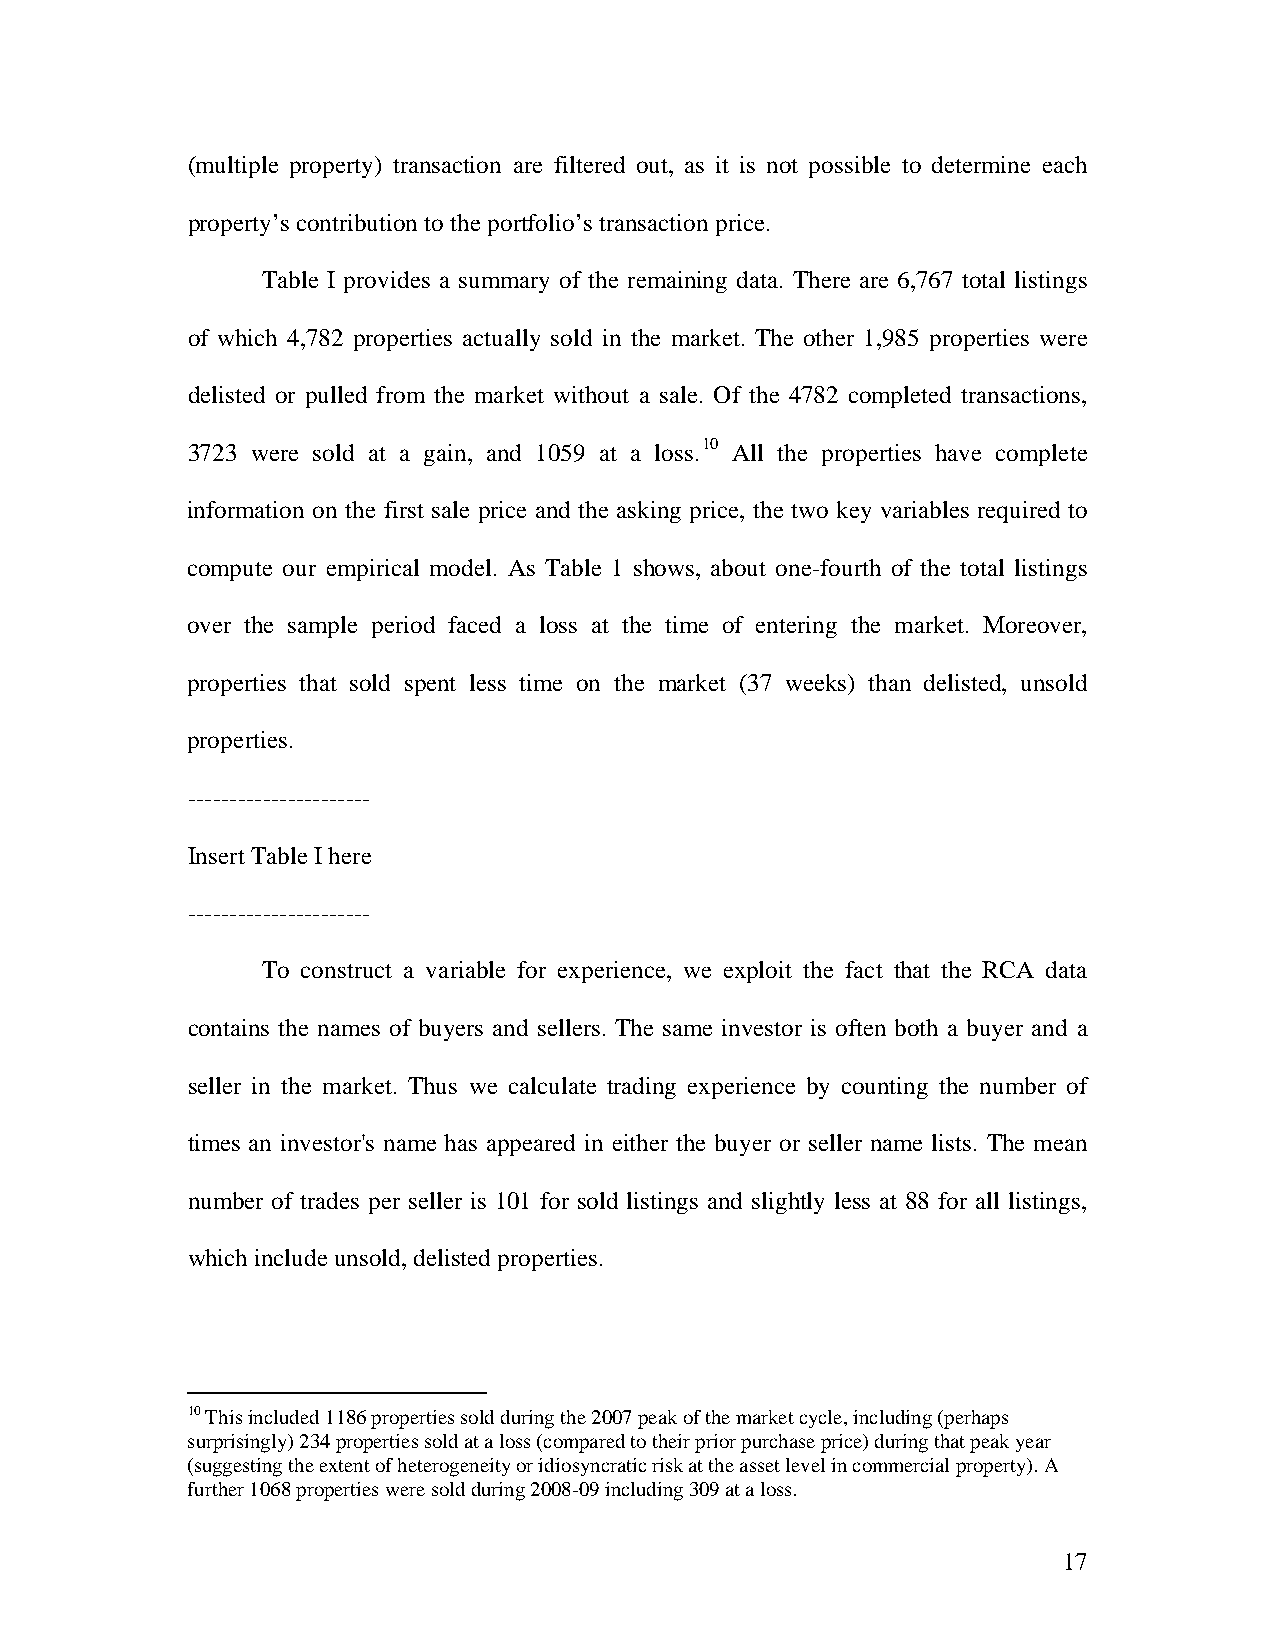
(multiple property) transaction are filtered out, as it is not possible to determine each
 property’s contribution to the portfolio’s transaction price.
 Table I provides a summary of the remaining data. There are 6,767 total listings
 of which 4,782 properties actually sold in the market. The other 1,985 properties were
 delisted or pulled from the market without a sale. Of the 4782 completed transactions,
 3723 were sold at a gain, and 1059 at a loss.10 All the properties have complete
 information on the first sale price and the asking price, the two key variables required to
 compute our empirical model. As Table 1 shows, about one-fourth of the total listings
 over the sample period faced a loss at the time of entering the market. Moreover,
 properties that sold spent less time on the market (37 weeks) than delisted, unsold
 properties.
 ----------------------
 Insert Table I here
 ----------------------
 To construct a variable for experience, we exploit the fact that the RCA data
 contains the names of buyers and sellers. The same investor is often both a buyer and a
 seller in the market. Thus we calculate trading experience by counting the number of
 times an investor's name has appeared in either the buyer or seller name lists. The mean
 number of trades per seller is 101 for sold listings and slightly less at 88 for all listings,
 which include unsold, delisted properties.
 10 This included 1186 properties sold during the 2007 peak of the market cycle, including (perhaps
 surprisingly) 234 properties sold at a loss (compared to their prior purchase price) during that peak year
 (suggesting the extent of heterogeneity or idiosyncratic risk at the asset level in commercial property). A
 further 1068 properties were sold during 2008-09 including 309 at a loss.
 17